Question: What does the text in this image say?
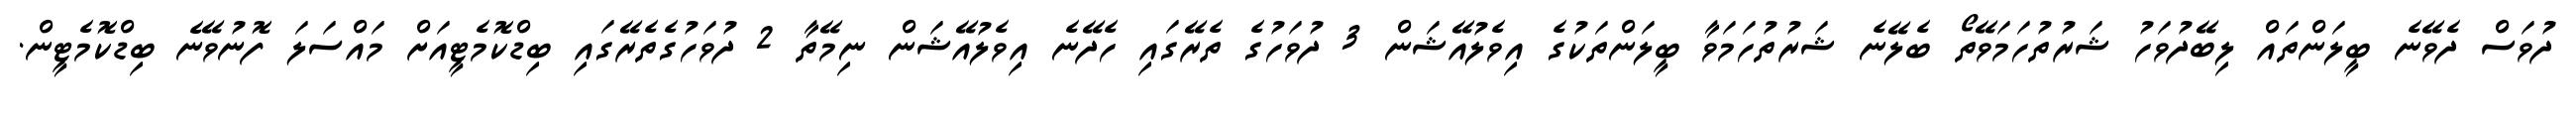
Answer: ދުވަސް ދެވޭނެ ބީލަންތައް ލިބޭދުވަހު ޝަރުތުހަމަވޭތޯ ބެލޭނެ ޝަރުތުހަމަވާ ބީލަންތަކުގެ އިވެލުއޭޝަން 3 ދުވަހުގެ ތެރޭގައި ހެދޭނެ އިވެލުއޭޝަން ނިމޭތާ 2 ދުވަހުގެތެރޭގައި ބިޑްކޮމެޓީއަށް މައްސަލަ ފޮނުވޭނެ ބިޑްކޮމެޓީން.